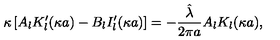
\kappa \left[ A _ { l } K _ { l } ^ { \prime } ( \kappa a ) - B _ { l } I _ { l } ^ { \prime } ( \kappa a ) \right] = - \frac { \hat { \lambda } } { 2 \pi a } A _ { l } K _ { l } ( \kappa a ) ,